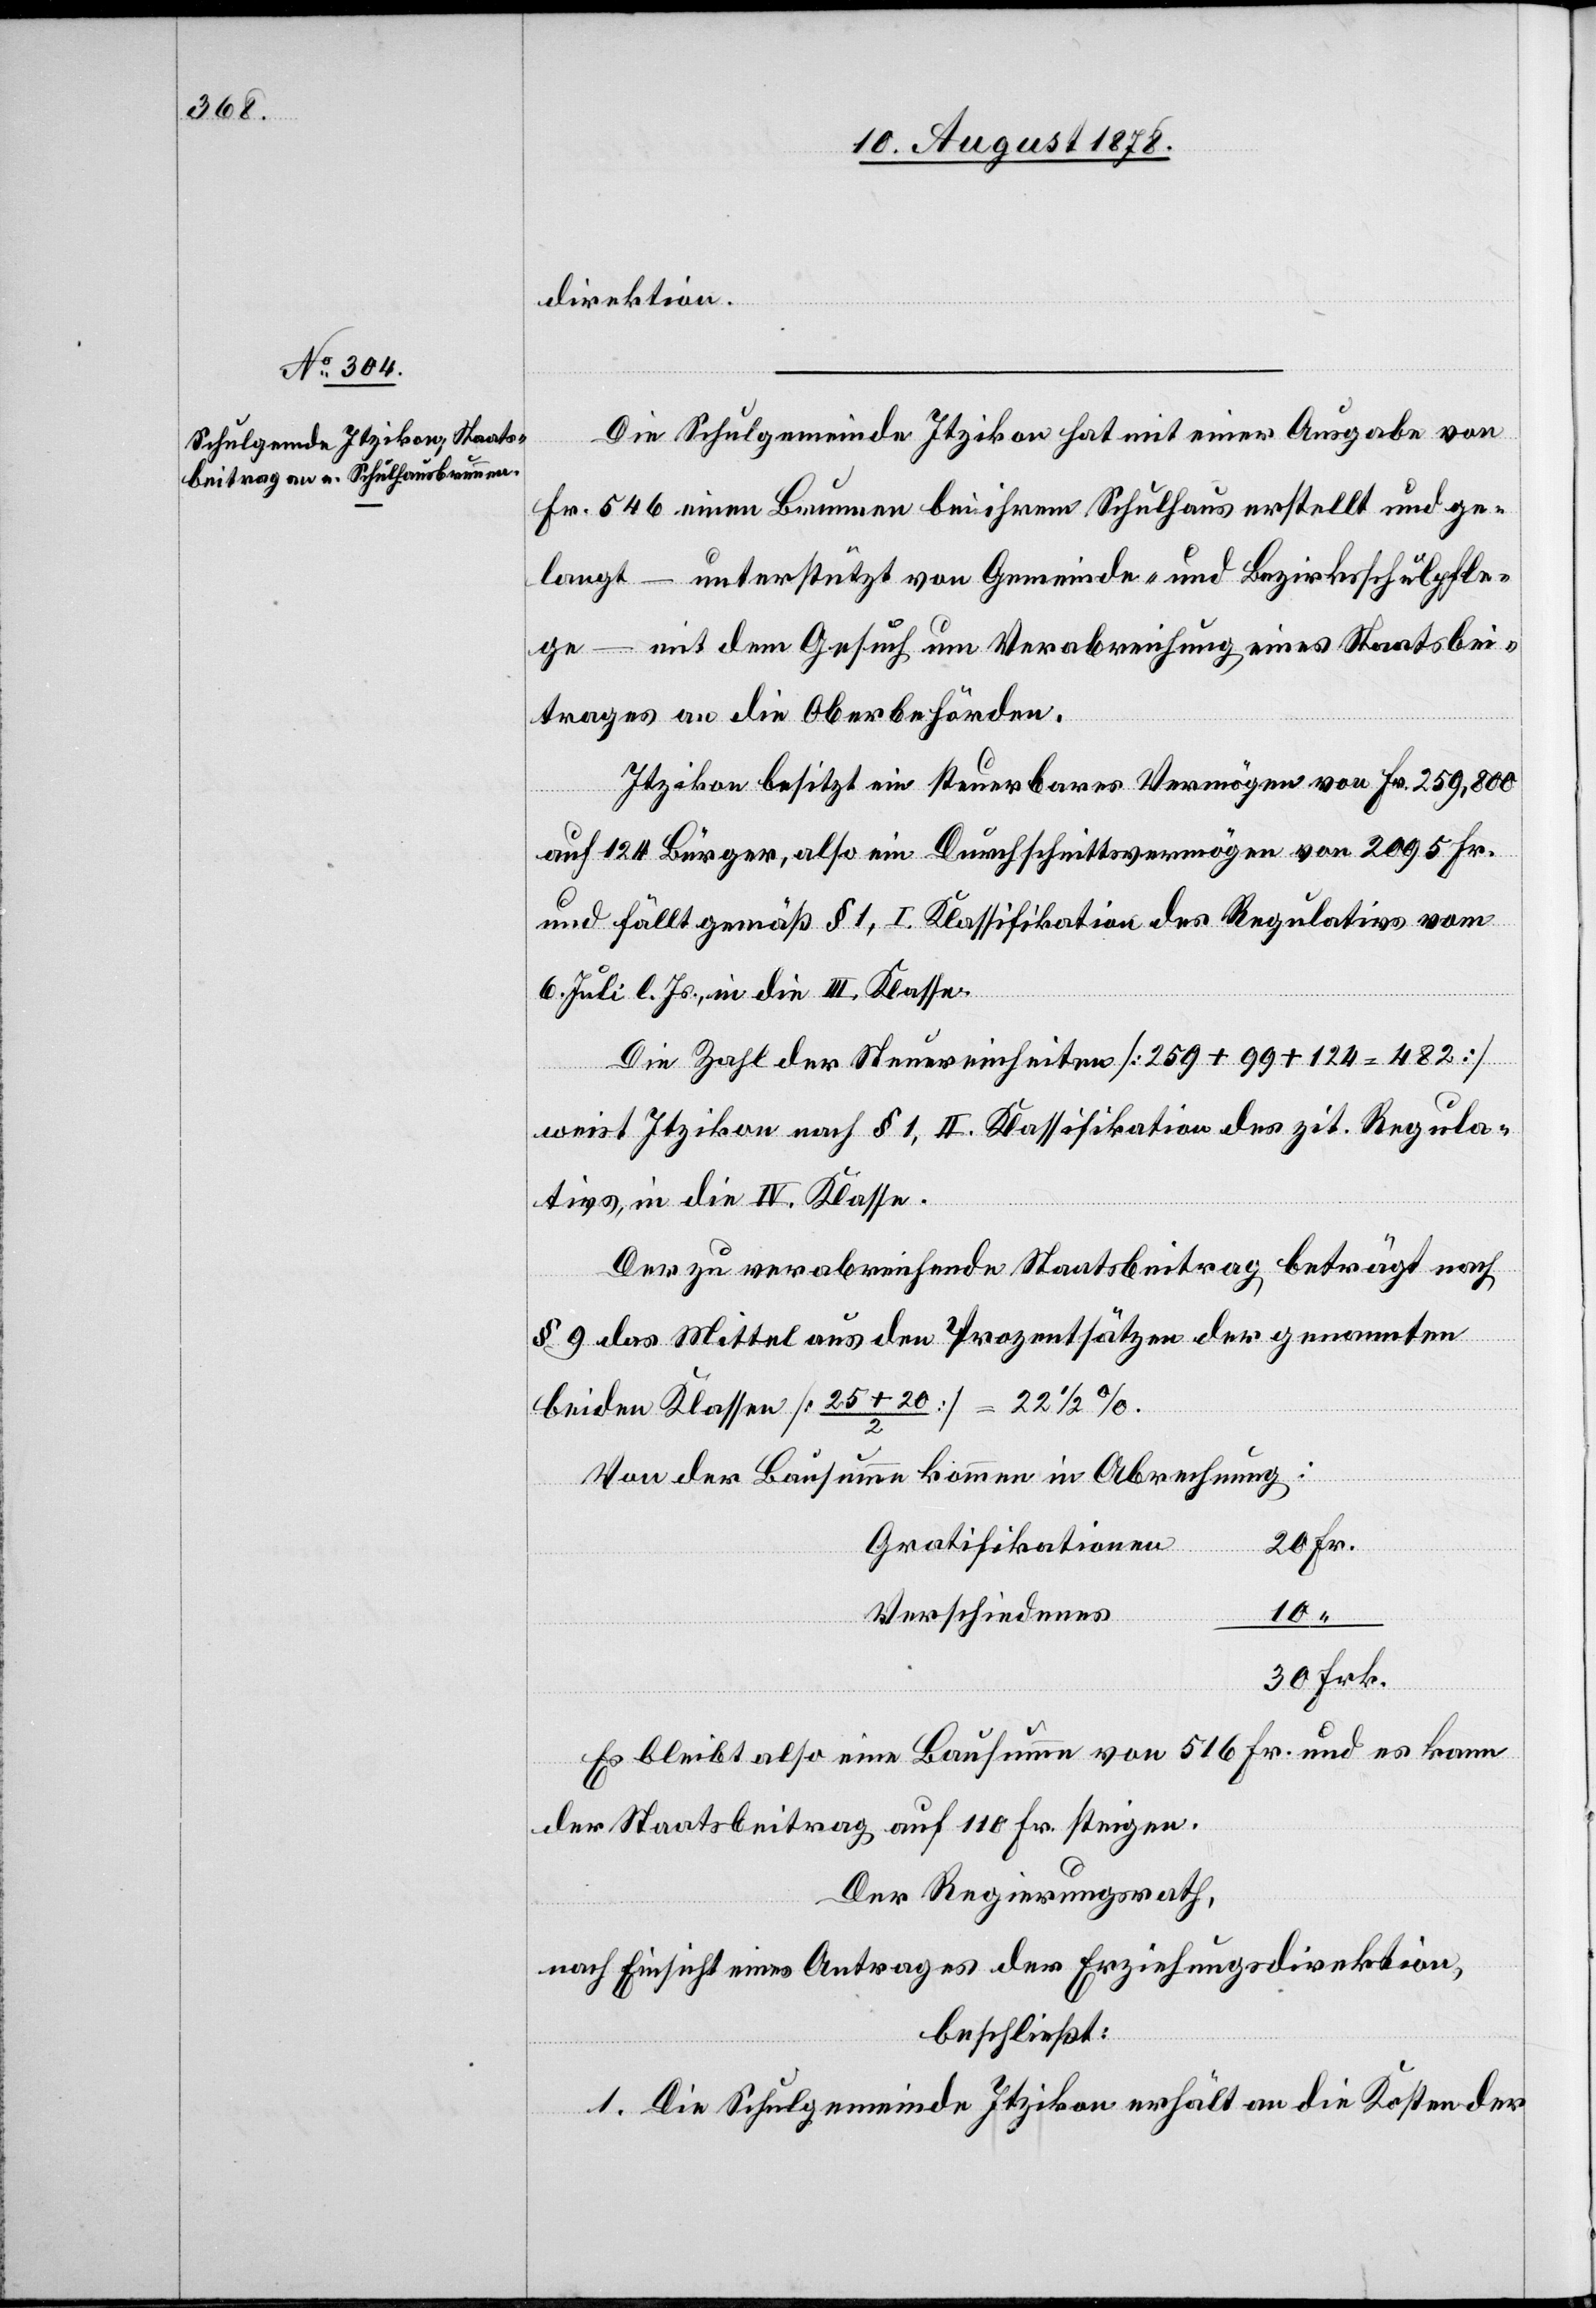
direktion.
Die Schulgemeinde Itzikon hat mit einer Ausgabe von
Fr. 546 einen Brunnen bei ihrem Schulhaus erstellt und ge¬
langt – unterstützt von Gemeinde- und Bezirksschulpfle¬
ge – mit dem Gesuch um Verabreichung eines Staatsbei¬
trages an die Oberbehörden.
Itzikon besitzt ein steuerbares Vermögen von Fr. 259,800
auf 124 Bürger, also ein Durchschnittsvermögen von 2095 Fr.
und fällt gemäß § 1, I. Klassifikation des Regulativs vom
Frk.
6. Juli l. Js. in die III. Klasse.
Die Zahl der Steuereinheiten [259 + 9 + 124 = 482]
weist Itzikon nach § 1, II. Klassifikation des zit. Regula¬
tivs, in die IV. Klasse.
Der zu verabreichende Staatsbeitrag beträgt nach
§ 9 das Mittel aus den Prozentsätzen der genannten
beiden Klassen [25 + 20 / 2] =
Von der Bausumme kommen in Abrechnung:
Gratifikationen
10
Verschiedenes
Es bleibt also eine Bausumme von 516 Fr. und es kann
der Staatsbeitrag auf 110 Fr. steigen.
Der Regierungsrath,
nach Einsicht eines Antrages der Erziehungsdirektion,
beschließt:
1. Die Schulgemeinde Itzikon erhält an die Kosten der